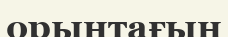
орынтағын